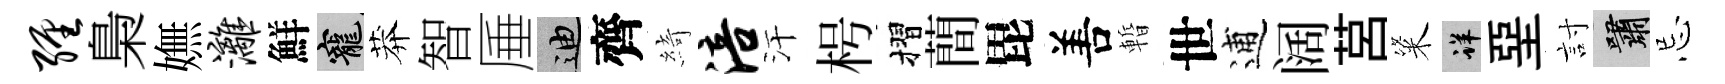
缠梟嫵漓鮮寵莽智厜迪齊綺涪汗枵摺蕳毘𠵊暫世逋阔莒粢详堊討嘯忌